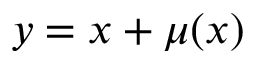
y = x + \mu ( x )